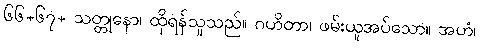
၆၆+၆၇+ သတ္တုနော၊ ထိုရန်သူသည်။ ဂဟိတာ၊ ဖမ်းယူအပ်သော။ အဟံ၊